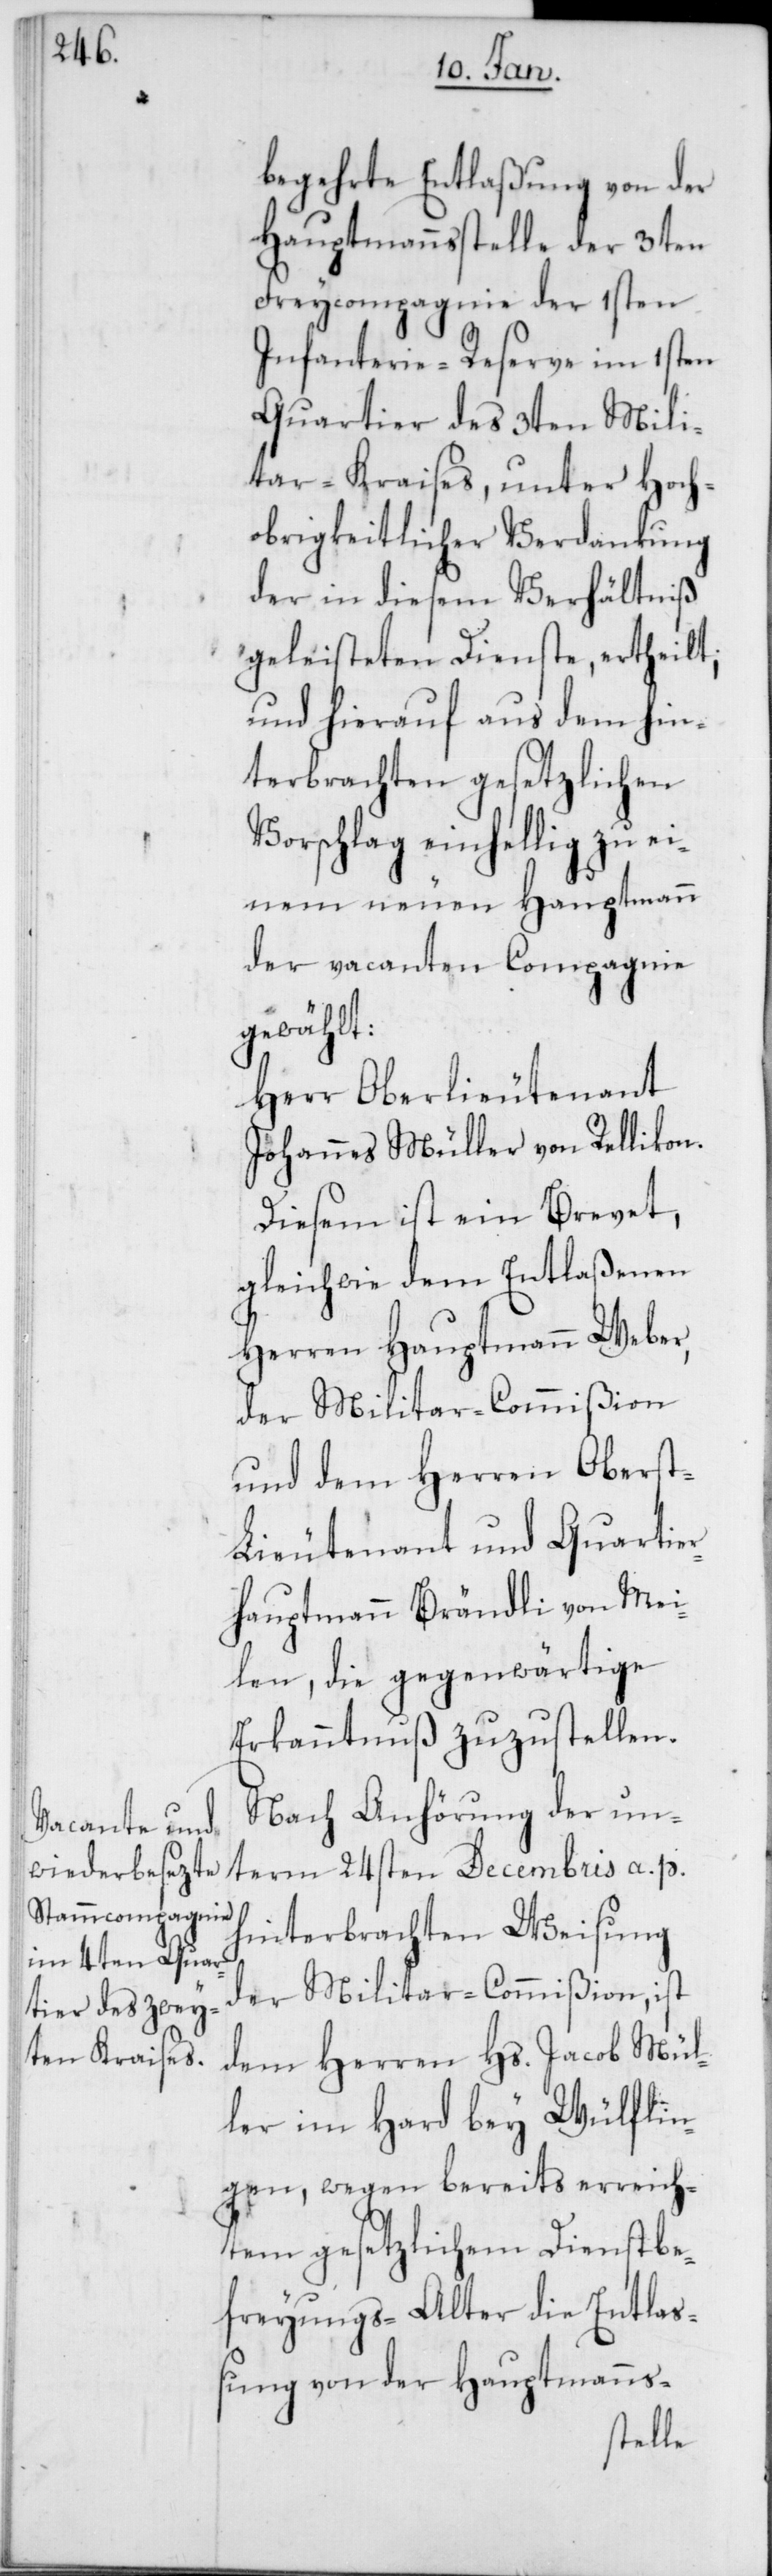
begehrte Entlaßung von der
Hauptmannsstelle der 3ten
Freycompagnie der 1sten
Infanterie-Reserve im 1sten
Quartier des 3ten Mili¬
tar-Kraises, unter Hoch¬
obrigkeitlicher Verdankung
der in diesem Verhältniß
geleisteten Dienste, ertheilt,
und hierauf aus dem hin¬
terbrachten gesetzlichen
Vorschlag einhellig zu ei¬
nem neuen Hauptmann
der vacanten Compagnie
gewählt:
Herr Oberlieutenant
Johannes Müller von Rellikon.
Diesem ist ein Brevet,
gleichwie dem Entlaßenen
Herren Hauptmann Weber,
der Militar-Commißion
und dem Herren Obers¬
t-Lieutenant und Quartie¬
rhauptmann Brändli von Mei¬
len, die gegenwärtige
Erkanntnuß zuzustellen.
Nach Anhörung der un¬
term 24sten Decembris a. p.
hinterbrachten Weisung
der Militar-Commißion, ist
dem Herren Hs. Jacob Mül¬
ler im Hard bey Wülflin¬
gen, wegen bereits erreich¬
tem gesetzlichem Dienstbe¬
freyungs-Alter die Entlaß¬
ung von der Hauptmanns-